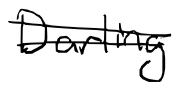
Text: Darling
Cross-out: double-line
Writing tool: digital_black